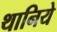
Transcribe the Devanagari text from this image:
थानिये